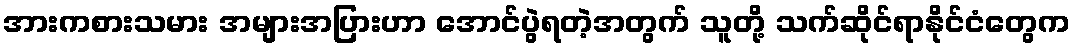
အားကစားသမား အများအပြားဟာ အောင်ပွဲရတဲ့အတွက် သူတို့ သက်ဆိုင်ရာနိုင်ငံတွေက